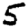
Digit: 5